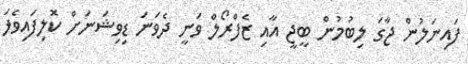
ފައިނަލުން ޖާގަ ލިބުމުން ބީޖީ އާއި ޒެފްރޯލް ވަނީ ދެވަނަ ޑިވިޝަނަށް ކޮލިފައިވެފަ